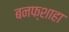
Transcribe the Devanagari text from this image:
बनफ्शाहा